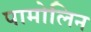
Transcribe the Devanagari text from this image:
पामोलिन